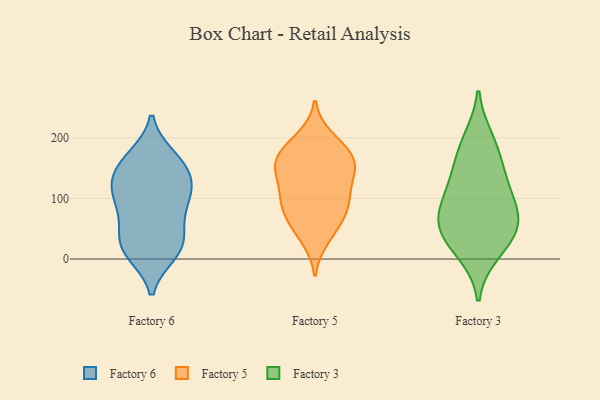
{"axis": {"x": "Revenue (USD Million)", "y": "Value"}, "legend": ["Factory 3", "Factory 5", "Factory 6"], "data": [{"x": "", "y": 85, "type": "Factory 6"}, {"x": "", "y": 55, "type": "Factory 6"}, {"x": "", "y": 114, "type": "Factory 6"}, {"x": "", "y": 161, "type": "Factory 6"}, {"x": "", "y": 91, "type": "Factory 6"}, {"x": "", "y": 132, "type": "Factory 6"}, {"x": "", "y": 105, "type": "Factory 6"}, {"x": "", "y": 161, "type": "Factory 6"}, {"x": "", "y": 41, "type": "Factory 6"}, {"x": "", "y": 10, "type": "Factory 6"}, {"x": "", "y": 21, "type": "Factory 6"}, {"x": "", "y": 117, "type": "Factory 6"}, {"x": "", "y": 168, "type": "Factory 6"}, {"x": "", "y": 141, "type": "Factory 6"}, {"x": "", "y": 14, "type": "Factory 6"}, {"x": "", "y": 19, "type": "Factory 6"}, {"x": "", "y": 67, "type": "Factory 5"}, {"x": "", "y": 98, "type": "Factory 5"}, {"x": "", "y": 88, "type": "Factory 5"}, {"x": "", "y": 199, "type": "Factory 5"}, {"x": "", "y": 49, "type": "Factory 5"}, {"x": "", "y": 98, "type": "Factory 5"}, {"x": "", "y": 147, "type": "Factory 5"}, {"x": "", "y": 158, "type": "Factory 5"}, {"x": "", "y": 176, "type": "Factory 5"}, {"x": "", "y": 141, "type": "Factory 5"}, {"x": "", "y": 186, "type": "Factory 5"}, {"x": "", "y": 167, "type": "Factory 5"}, {"x": "", "y": 84, "type": "Factory 5"}, {"x": "", "y": 125, "type": "Factory 5"}, {"x": "", "y": 34, "type": "Factory 5"}, {"x": "", "y": 153, "type": "Factory 5"}, {"x": "", "y": 34, "type": "Factory 3"}, {"x": "", "y": 124, "type": "Factory 3"}, {"x": "", "y": 75, "type": "Factory 3"}, {"x": "", "y": 173, "type": "Factory 3"}, {"x": "", "y": 196, "type": "Factory 3"}, {"x": "", "y": 61, "type": "Factory 3"}, {"x": "", "y": 82, "type": "Factory 3"}, {"x": "", "y": 128, "type": "Factory 3"}, {"x": "", "y": 12, "type": "Factory 3"}, {"x": "", "y": 47, "type": "Factory 3"}]}